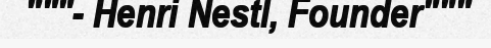
"""- Henri Nestl, Founder"""